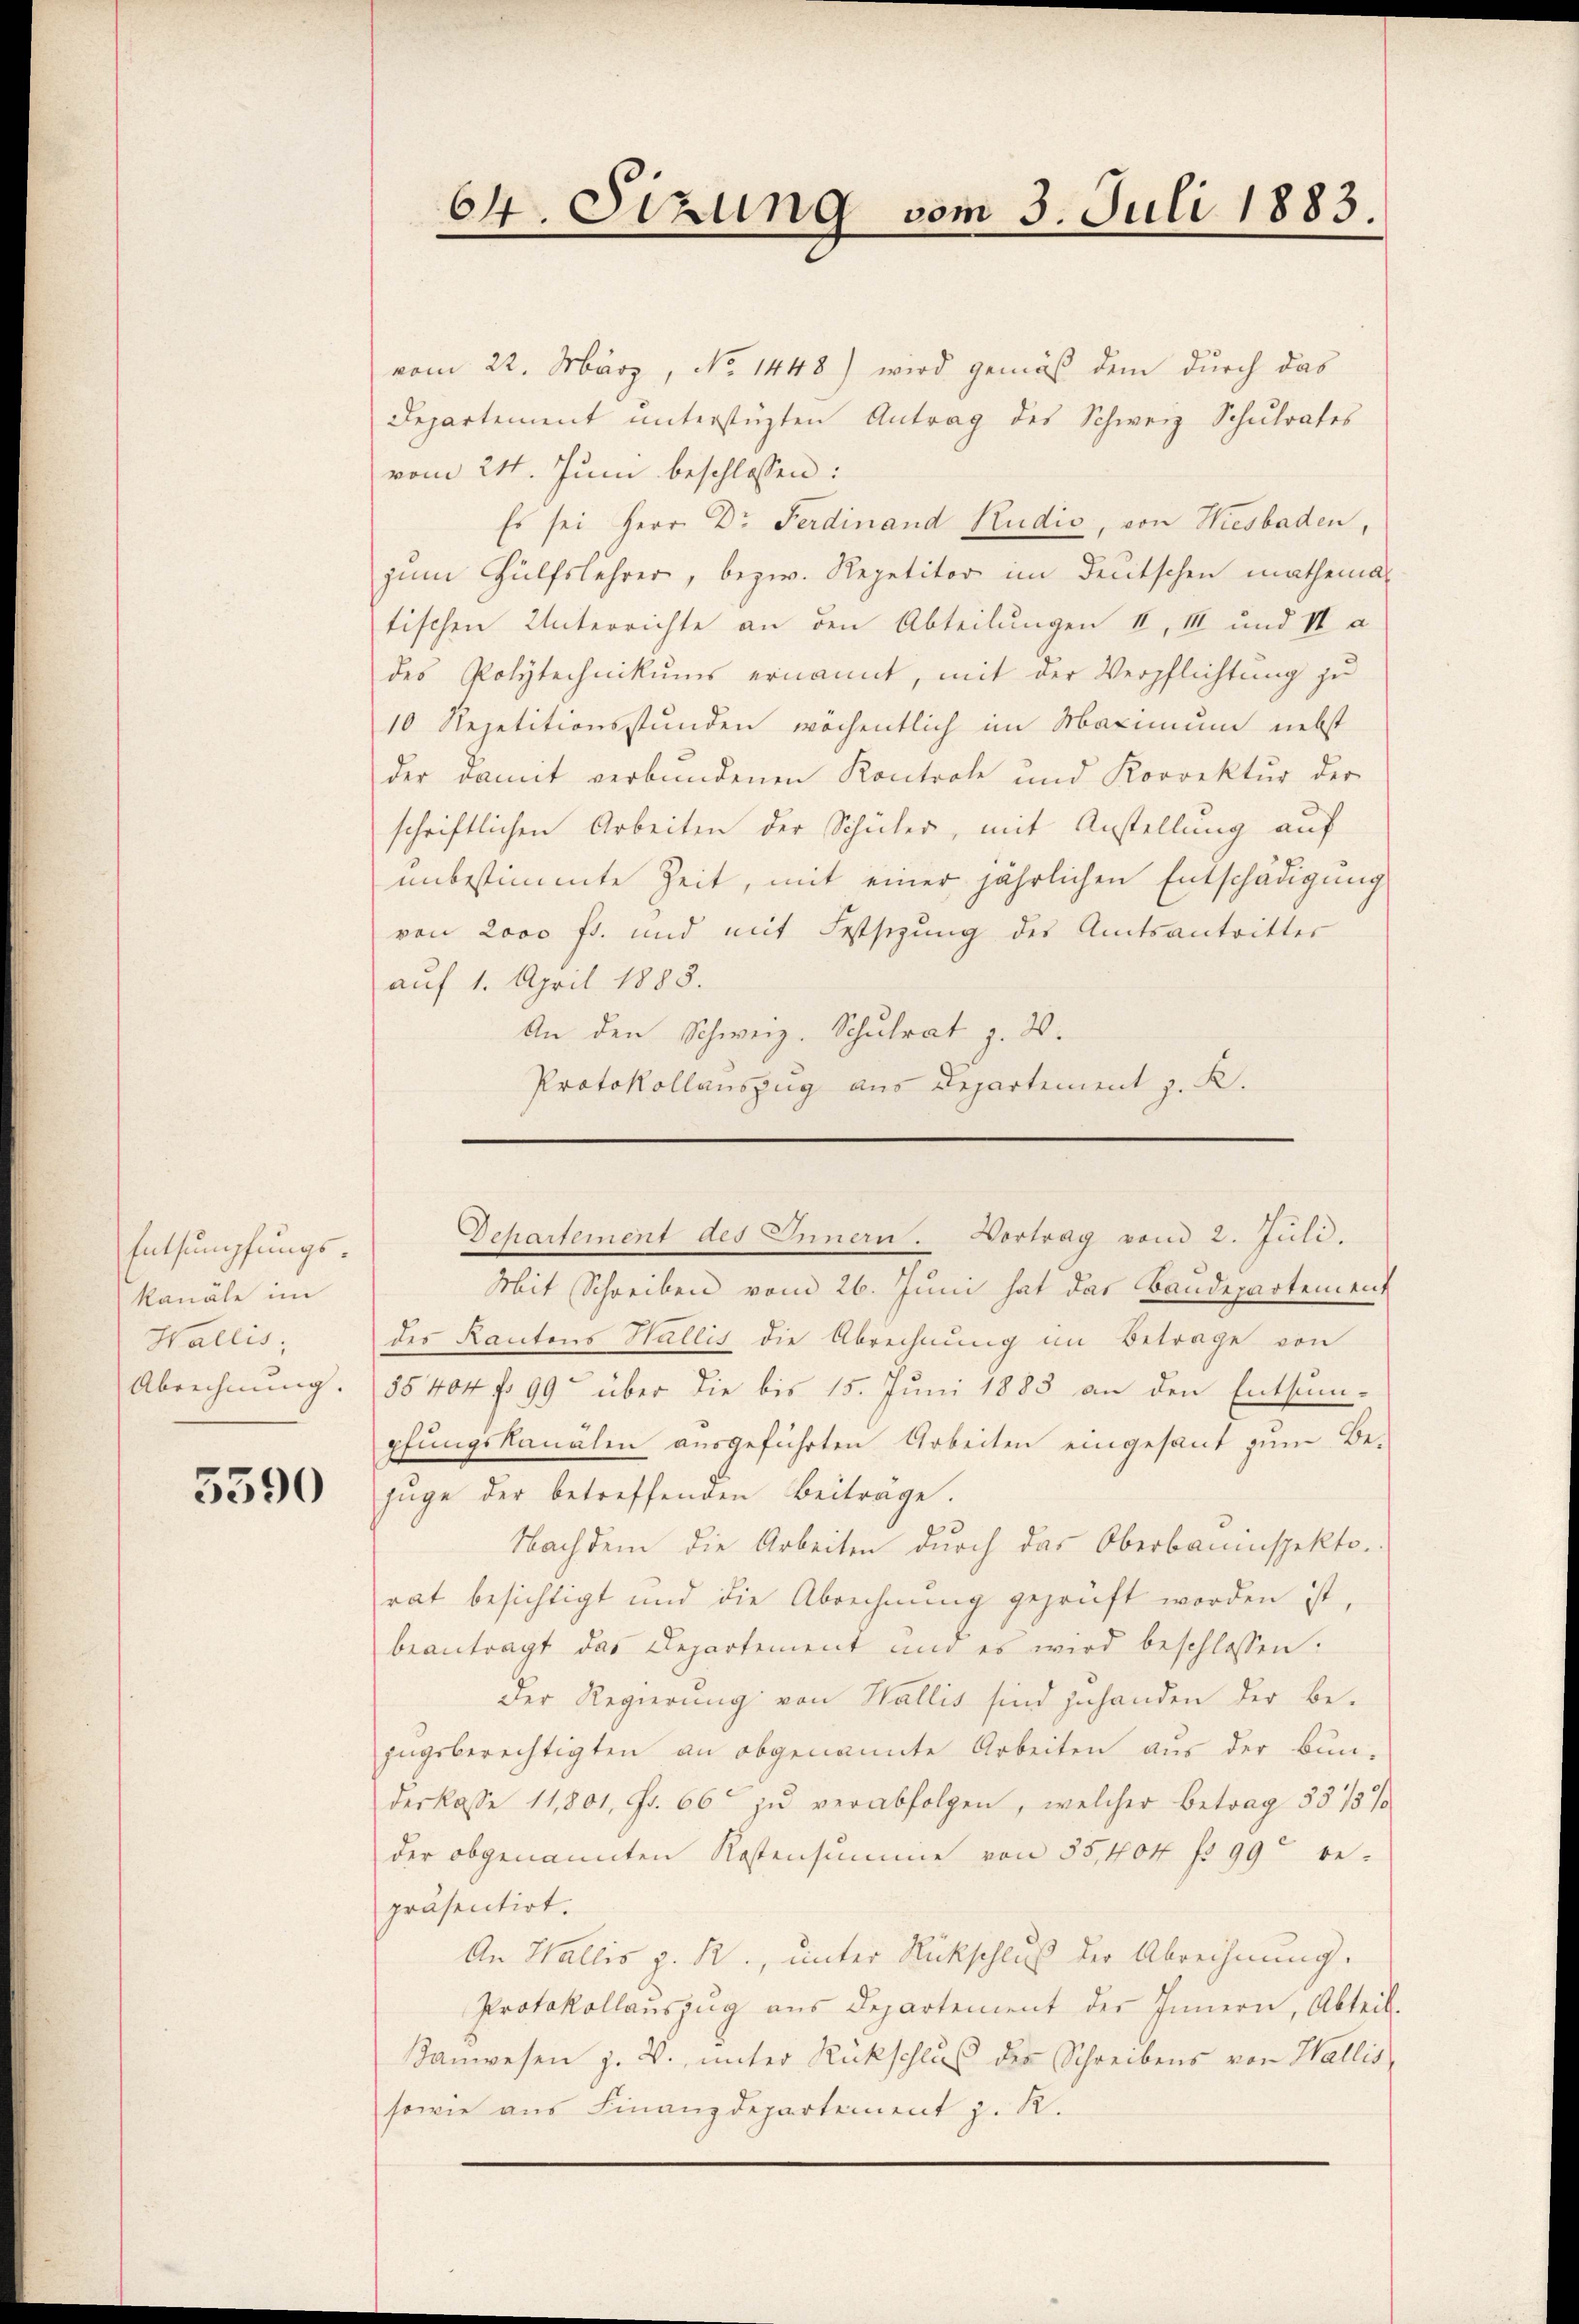
Entsumpfungskanäle im
Wallis,

5590

vom 22. März, No 1448) wird gemäß dem durch das
Departement unterstüzten Antrag des Schweiz Schulrates
vom 24. Juni beschlossen:
Es sei Herr Dr Ferdinand Rudis, von Wiesbaden,
zum Hülfslehrer, bezw. Repetitor im Deutschen mathematischen Unterrichte an den Abteilungen II, III und II a
des Polytechnikums ernannt, mit der Verpflichtung zu
10 Repetitionsstunden wöchentlich im Maximum nebst
der damit verbundenen Kontrole und Korrektur der
schriftlichen Arbeiten der Schüler, mit Anstellung auf
unbestimmte Zeit, mit einer jährlichen Entschädigung
von 2000 fr. und mit Festsezung des Amtsantrittes
auf 1. April 1883.
An den Schweiz. Schulrat z. B.
Protokollauszug aus Departement z. K.

64. Sizung vom 3. Juli 1883.

Mit Schreiben vom 26. Juni hat das Baudepartement
des Kantons Wallis die Abrechnung im Betrage von
Abrechnung. 55404 f. 99 über die bis 15. Juni 1883 an den Entsum-
pfungskanälen ausgeführten Arbeiten eingesant zum Be-
zŭge der betreffenden Beiträge.
Nachdem die Arbeiten durch das Oberbauinspekto
rat besichtigt und die Abrechnung geprüft worden ist,
beantragt das Departement und es wird beschlossen:
Der Regierung von Wallis sind zuhanden der be-
zŭgsberechtigten an obgenannte Arbeiten aus der Bun-
derkasse 11,801, Fr. 66 zŭ verabfolgen, welcher betrag 35/3 %
der obgenannten Kostensumme von 55,404 f 99 repräsentirt.
An Wallis z. R., unter Rückschluß der Abrechnung.
Protokollaŭszŭg aŭs Departement der Innern, Abteil.
Kanwesen z. B. unter Rückschlŭβ der Schreibens von Wallis,
sowie aus Finanzdepartement z. R.

Departement des Innern. Vortrag vom 2. Juli.